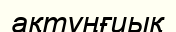
ақтұңғиық